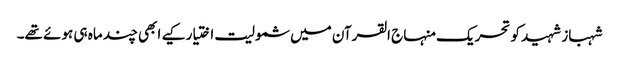
شہباز شہید کو تحریک منہاج القرآن میں شمولیت اختیار کیے ابھی چند ماہ ہی ہوئے تھے۔